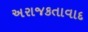
અરાજકતાવાદ